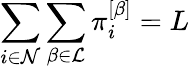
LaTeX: \sum_{i\in\mathcal{N}}\sum_{\beta\in\mathcal{L}}\pi_{i}^{\left[\beta\right]}=L